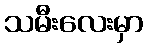
သမီးလေးမှာ